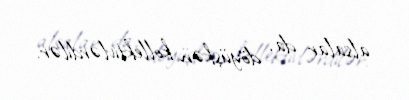
alsalar da, döyüşkən kollektivlərdilər.